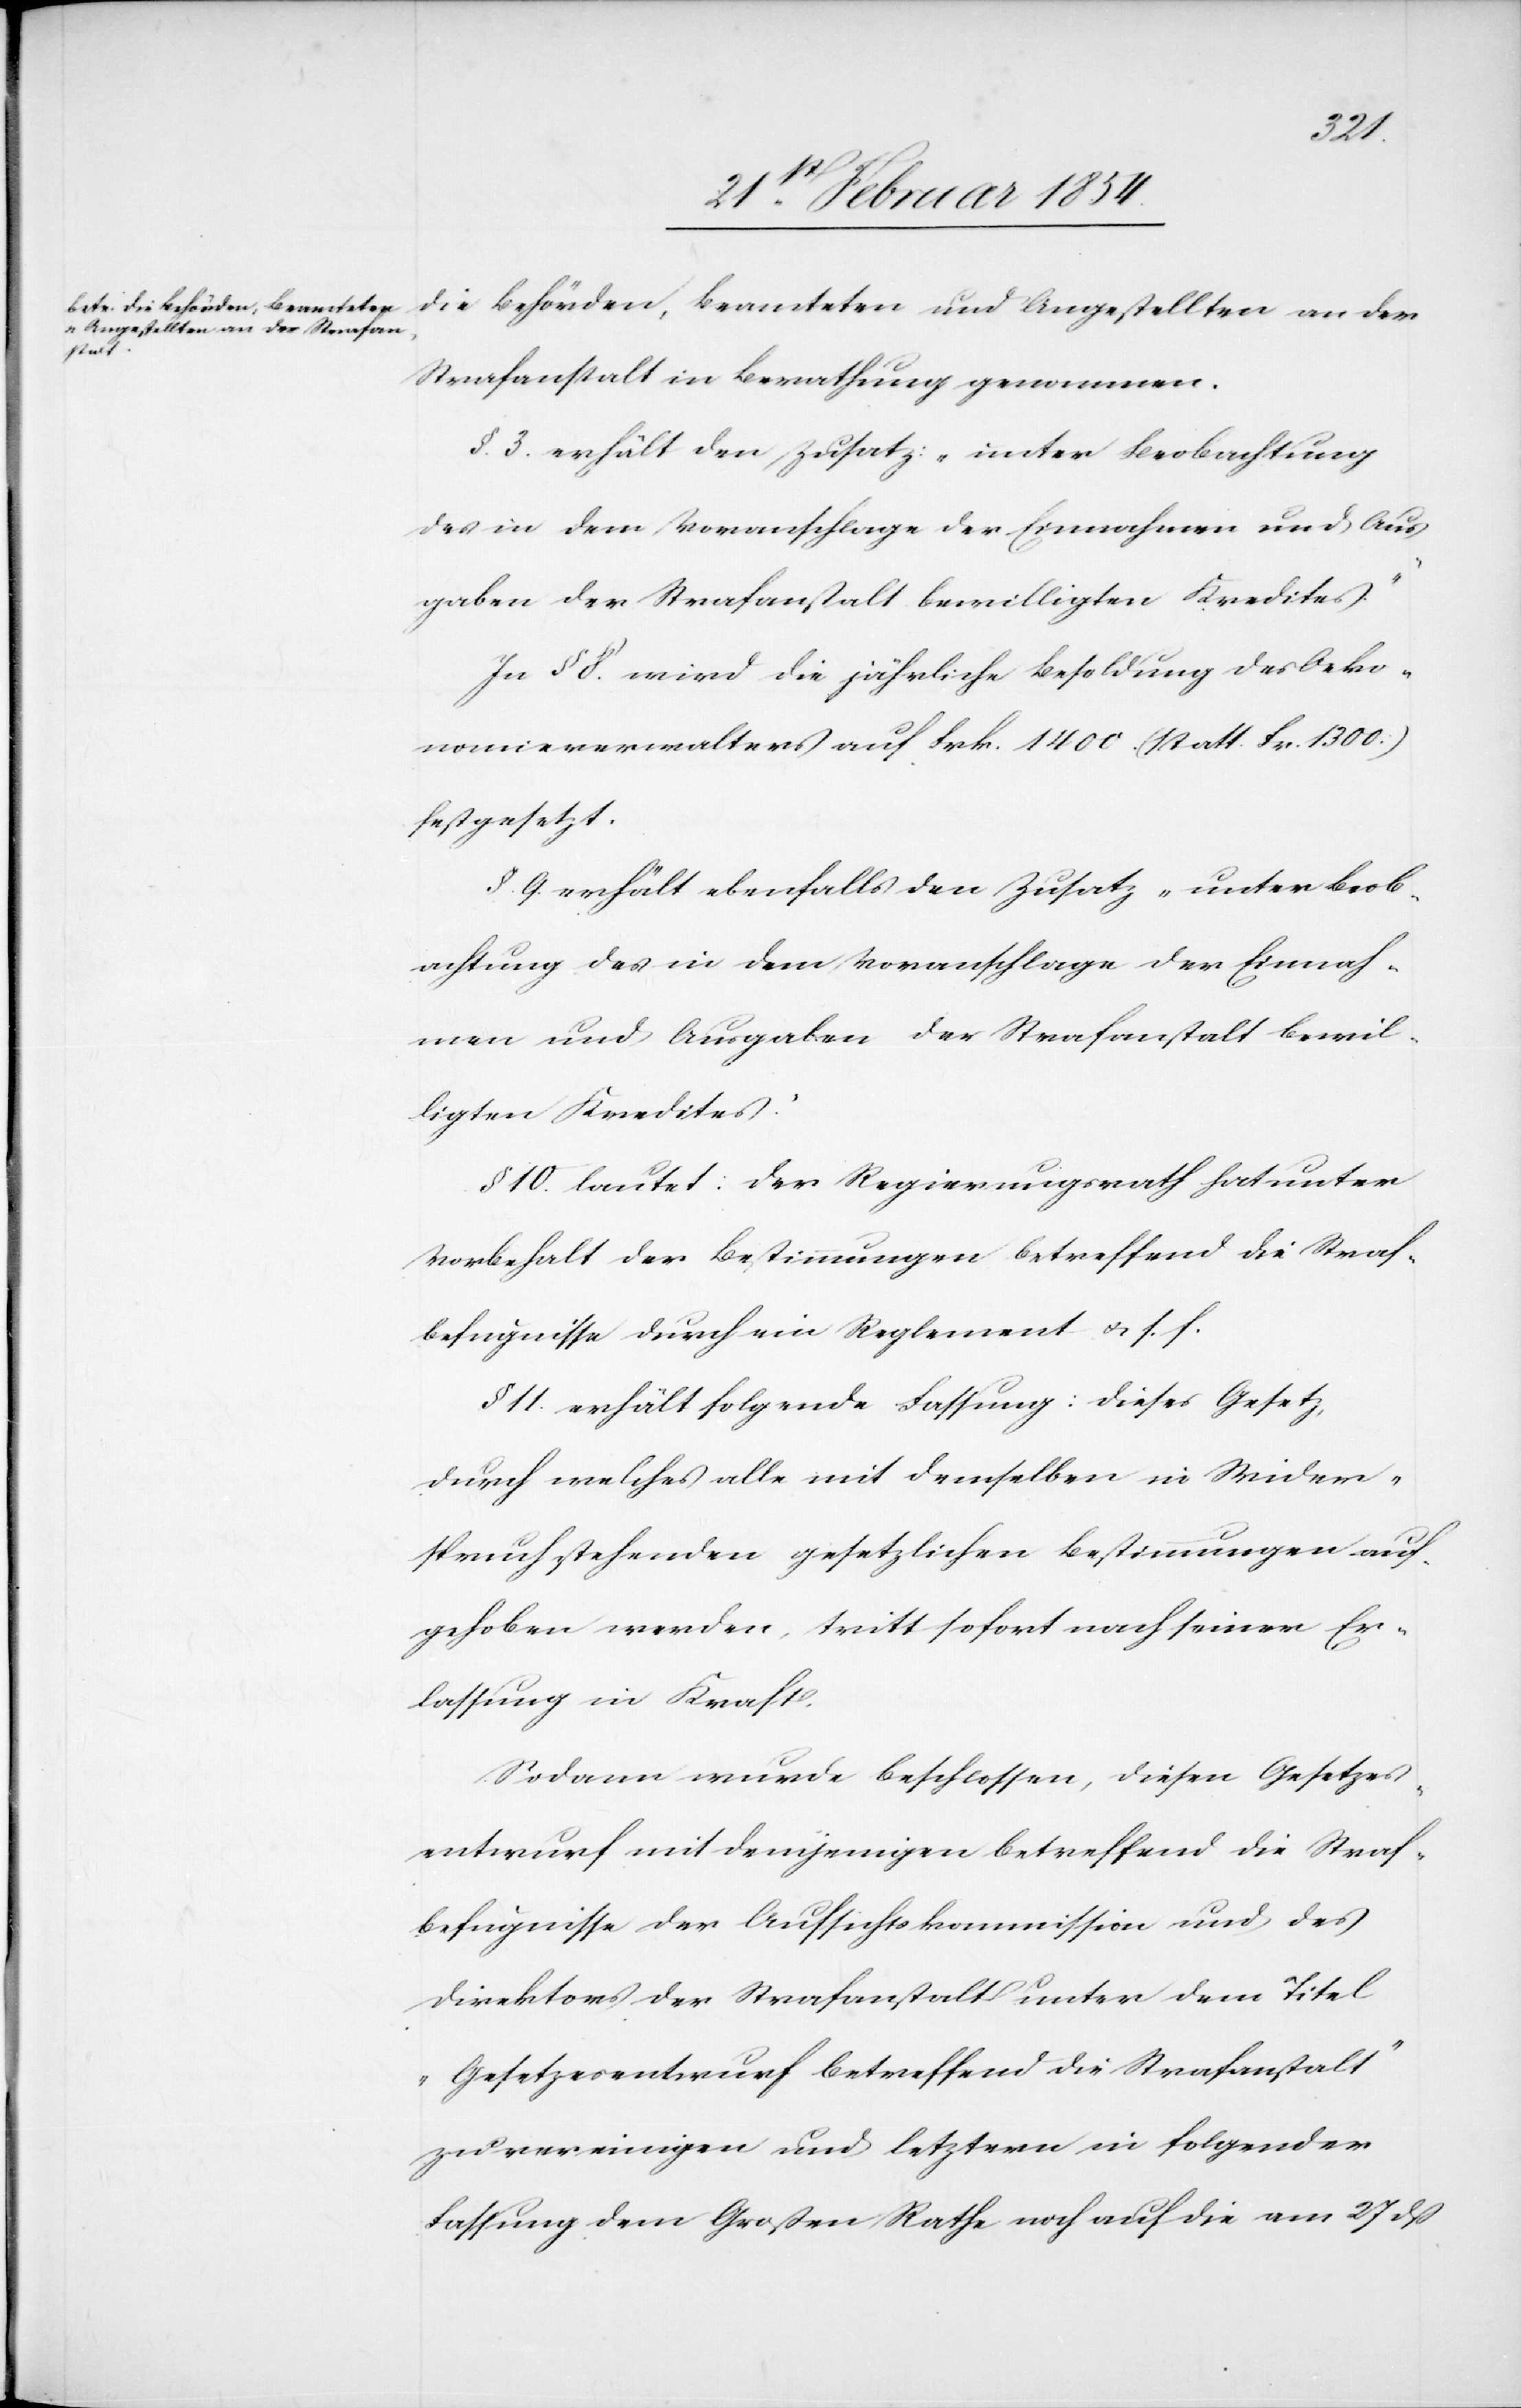
Beamteten
und Angestellten an der S¬
trafanstalt in Berathung genommen.
§. 3. erhält den Zusatz: „unter Beobachtung
des in dem Voranschlage der Einnahmen und Aus¬
gaben der Strafanstalt bewilligten Kredites.“
In § 8. wird die jährliche Besoldung des Oeko¬
nomieverwalters auf Frk. 1400 (statt Frk. 1300)
festgesetzt.
§. 9, erhält ebenfalls den Zusatz „unter Beob¬
achtung des in dem Voranschlage der Einnah¬
men und Ausgaben der Strafanstalt bewil¬
ligten Kredites.“
§ 10. lautet: Der Regierungsrath hat unter
Vorbehalt der Bestimmungen betreffend die Straf¬
befugnisse durch ein Reglement u. s. w.
§ 11. erhält folgende Fassung: Dieses Gesetz,
durch welches alle mit demselben in Wider¬
spruch stehenden gesetzlichen Bestimmungen auf¬
gehoben werden, tritt sofort nach seiner Er¬
lassung in Kraft.
Sodann wurde beschlossen, diesen Gesetzes¬
entwurf mit demjenigen betreffend die Straf¬
befugnisse der Aufsichtskommission und des
Direktors der Strafanstalt unter dem Titel
„Gesetzesentwurf betreffend die Strafanstalt“
zu vereinigen und letzteren in folgender
Fassung dem Großen Rathe noch auf die am 27 dß